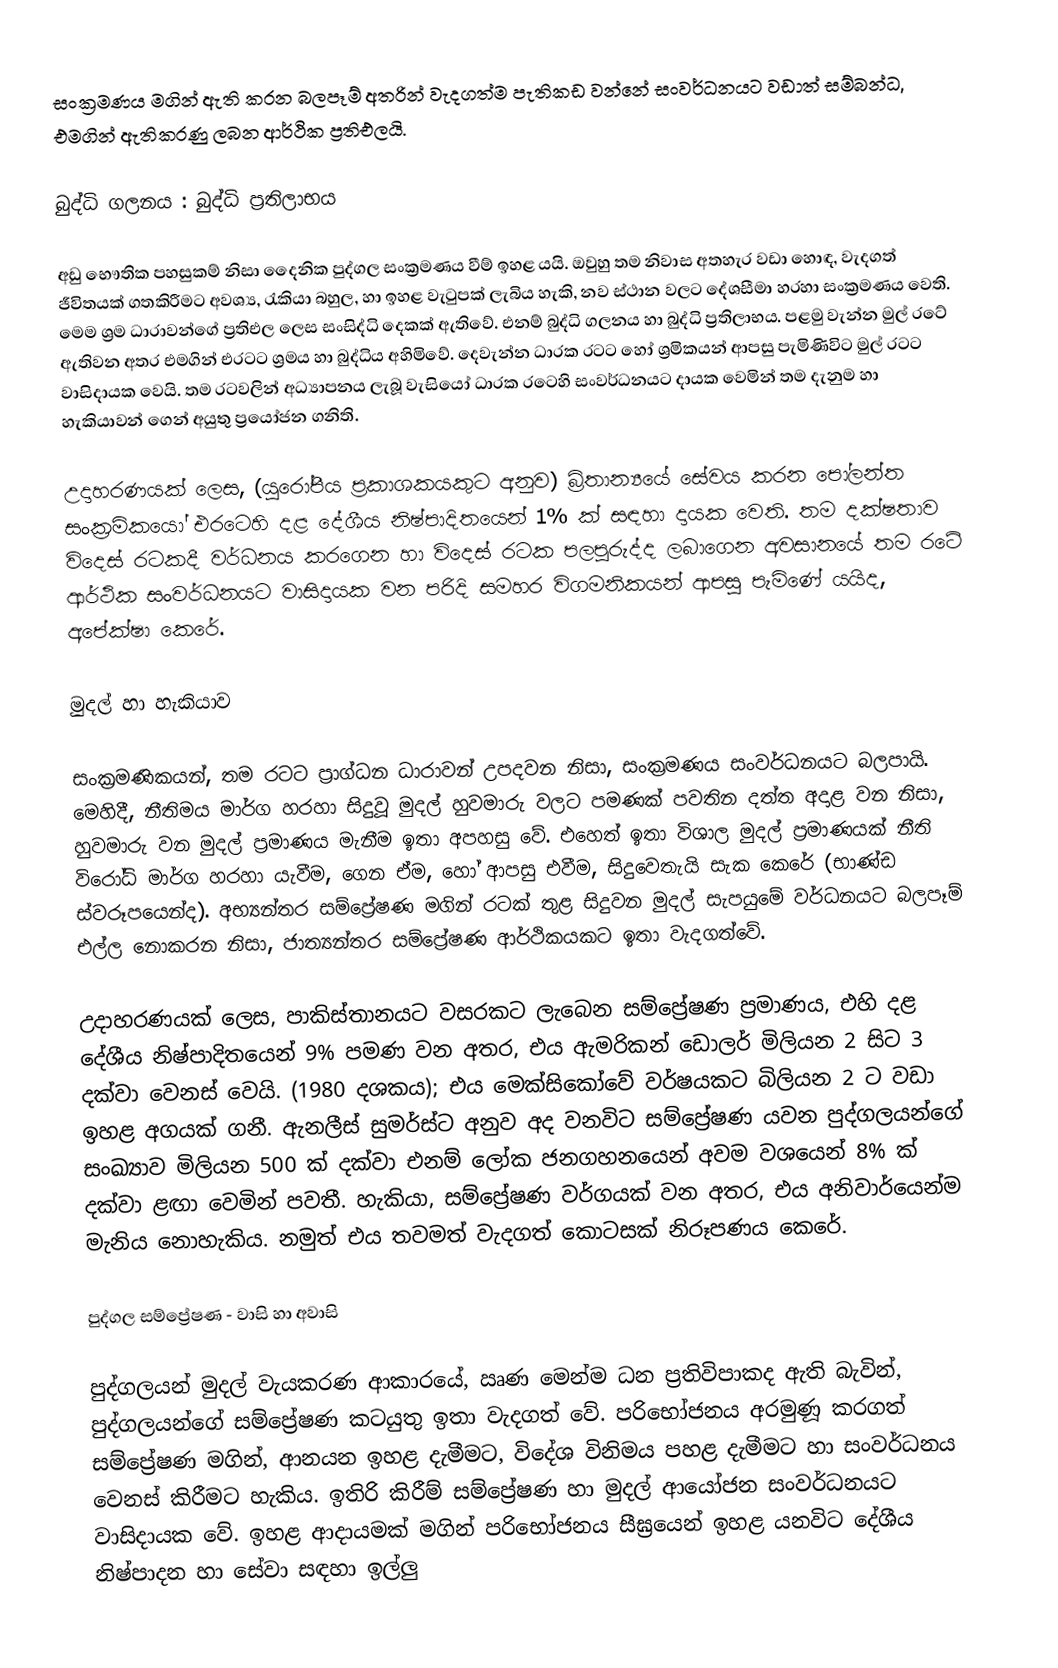
සංක්‍රමණය මගින් ඇති කරන බලපෑම් අතරින් වැදගත්ම පැතිකඩ වන්නේ සංවර්ධනයට වඩාත් සම්බන්ධ, එමගින් ඇතිකරණු ලබන ආර්ථික ප්‍රතිඑලයි.

බුද්ධි ගලනය : බුද්ධි ප්‍රතිලාභය

අඩු භෞතික පහසුකම් නිසා දෛනික පුද්ගල සංක්‍රමණය වීම් ඉහළ යයි.  ඔවුහු තම නිවාස අතහැර වඩා හොඳ, වැදගත් ජීවිතයක් ගතකිරීමට අවශ්‍ය, රැකියා බහුල, හා ඉහළ වැටුපක් ලැබිය හැකි, නව ස්ථාන වලට දේශසීමා හරහා සංක්‍රමණය වෙති. මෙම  ශ්‍රම ධාරාවන්ගේ ප්‍රතිඑල ලෙස සංසිද්ධි දෙකක් ඇතිවේ. එනම් බුද්ධි ගලනය හා බුද්ධි ප්‍රතිලාභය. පළමු වැන්න මුල් රටේ ඇතිවන අතර එමගින් එරටට ශ්‍රමය හා බුද්ධිය අහිමිවේ. දෙවැන්න ධාරක රටට හෝ ශ්‍රමිකයන් ආපසු පැමිණිවිට මුල් රටට වාසිදායක වෙයි.  තම රටවලින් අධ්‍යාපනය ලැබූ වැසියෝ ධාරක රටෙහි සංවර්ධනයට දායක වෙමින් තම දැනුම හා හැකියාවන් ගෙන් අයුතු ප්‍රයෝජන ගනිති.

උදාහරණයක් ලෙස, (යුරෝපීය ප්‍රකාශකයකුට අනුව) බ්‍රිතාන්‍යයේ සේවය කරන පෝලන්ත සංක්‍රමිකයෝ එරටෙහි දළ දේශීය නිෂ්පාදිතයෙන් 1% ක් සඳහා දායක වෙති. තම දක්ෂතාව විදෙස් රටකදී වර්ධනය කරගෙන හා විදෙස් රටක පලපුරුද්ද ලබාගෙන අවසානයේ තම රටේ ආර්ථික සංවර්ධනයට වාසිදායක වන පරිදි සමහර විගමනිකයන් ආපසු පැමිණේ යයිද, අපේක්ෂා කෙරේ.

මුදල් හා හැකියාව

සංක්‍රමණිකයන්, තම රටට ප්‍රාග්ධන ධාරාවන් උපදවන නිසා, සංක්‍රමණය සංවර්ධනයට බලපායි. මෙහිදී, නීතිමය මාර්ග හරහා සිදුවූ මුදල් හුවමාරු වලට පමණක් පවතින දත්ත අදාළ වන නිසා, හුවමාරු වන මුදල් ප්‍රමාණය මැනීම ඉතා අපහසු වේ. එහෙත් ඉතා විශාල මුදල් ප්‍රමාණයක් නීති විරෝධි මාර්ග හරහා යැවීම, ගෙන ඒම, හෝ ආපසු එවීම, සිදුවෙතැයි සැක කෙරේ (භාණ්ඩ ස්වරූපයෙන්ද). අභ්‍යන්තර සම්ප්‍රේෂණ මගින් රටක් තුළ සිදුවන මුදල් සැපයුමේ වර්ධනයට බලපෑම් එල්ල නොකරන නිසා, ජාත්‍යන්තර සම්ප්‍රේෂණ ආර්ථිකයකට ඉතා වැදගත්වේ.

උදාහරණයක් ලෙස, පාකිස්තානයට වසරකට ලැබෙන සම්ප්‍රේෂණ ප්‍රමාණය, එහි දළ දේශීය නිෂ්පාදිතයෙන් 9% පමණ වන අතර, එය ඇමරිකන් ඩොලර් මිලියන 2 සිට 3 දක්වා වෙනස් වෙයි. (1980 දශකය); එය මෙක්සිකෝවේ වර්ෂයකට බිලියන 2 ට වඩා ඉහළ අගයක් ගනී.  ඇනලීස් සුමර්ස්ට අනුව අද වනවිට සම්ප්‍රේෂණ යවන  පුද්ගලයන්ගේ සංඛ්‍යාව මිලියන 500 ක් දක්වා එනම් ලෝක ජනගහනයෙන් අවම වශයෙන් 8% ක් දක්වා ළඟා වෙමින් පවතී. හැකියා, සම්ප්‍රේෂණ වර්ගයක් වන අතර, එය අනිවාර්යෙන්ම මැනිය නොහැකිය. නමුත් එය තවමත් වැදගත් කොටසක් නිරූපණය කෙරේ.

පුද්ගල සම්ප්‍රේෂණ - වාසි  හා අවාසි

පුද්ගලයන් මුදල් වැයකරණ ආකාරයේ, ඍණ මෙන්ම ධන ප්‍රතිවිපාකද ඇති බැවින්, පුද්ගලයන්ගේ සම්ප්‍රේෂණ කටයුතු ඉතා වැදගත් වේ. පරිභෝජනය අරමුණූ කරගත් සම්ප්‍රේෂණ මගින්, ආනයන ඉහළ දැමීමට, විදේශ විනිමය පහළ දැමීමට හා සංවර්ධනය වෙනස් කිරීමට හැකිය. ඉතිරි කිරීම් සම්ප්‍රේෂණ හා මුදල් ආයෝජන සංවර්ධනයට වාසිදායක වේ.  ඉහළ ආදායමක් මගින් පරිභෝජනය සීඝ්‍රයෙන් ඉහළ යනවිට දේශීය නිෂ්පාදන හා සේවා සඳහා ඉල්ලු